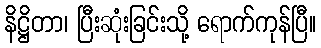
နိဋ္ဌိတာ၊ ပြီးဆုံးခြင်းသို့ ရောက်ကုန်ပြီ။